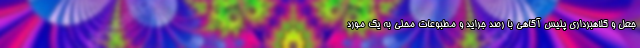
جعل و کلاهبرداری پلیس آگاهی با رصد جراید و مطبوعات محلی به یک مورد